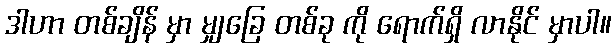
ဒါဟာ တစ်ချိန် မှာ မျှခြေ တစ်ခု ကို ရောက်ရှိ လာနိုင် မှာပါ။